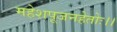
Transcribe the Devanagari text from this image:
महेशपूजनहेतोः।।